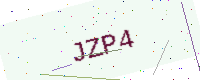
Text: JZP4